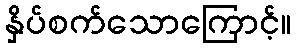
နှိပ်စက်သောကြောင့်။